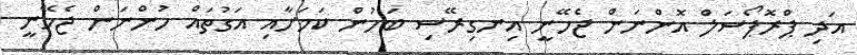
އަދި ޕްރޮޕޯސަލް އޮންނަން ޖެހޭނީ އިނގިރޭސި ބަހުން ކަމަށާއި އަގުތައް ހުންނަން ޖެހޭނީ